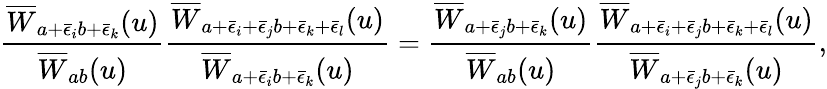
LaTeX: \frac{\overline{{{W}}}_{a+\bar{\epsilon}_{i}b+\bar{\epsilon}_{k}}(u)}{\overline{{{W}}}_{ab}(u)}\frac{\overline{{{W}}}_{a+\bar{\epsilon}_{i}+\bar{\epsilon}_{j}b+\bar{\epsilon}_{k}+\bar{\epsilon}_{l}}(u)}{\overline{{{W}}}_{a+\bar{\epsilon}_{i}b+\bar{\epsilon}_{k}}(u)}=\frac{\overline{{{W}}}_{a+\bar{\epsilon}_{j}b+\bar{\epsilon}_{k}}(u)}{\overline{{{W}}}_{ab}(u)}\frac{\overline{{{W}}}_{a+\bar{\epsilon}_{i}+\bar{\epsilon}_{j}b+\bar{\epsilon}_{k}+\bar{\epsilon}_{l}}(u)}{\overline{{{W}}}_{a+\bar{\epsilon}_{j}b+\bar{\epsilon}_{k}}(u)},